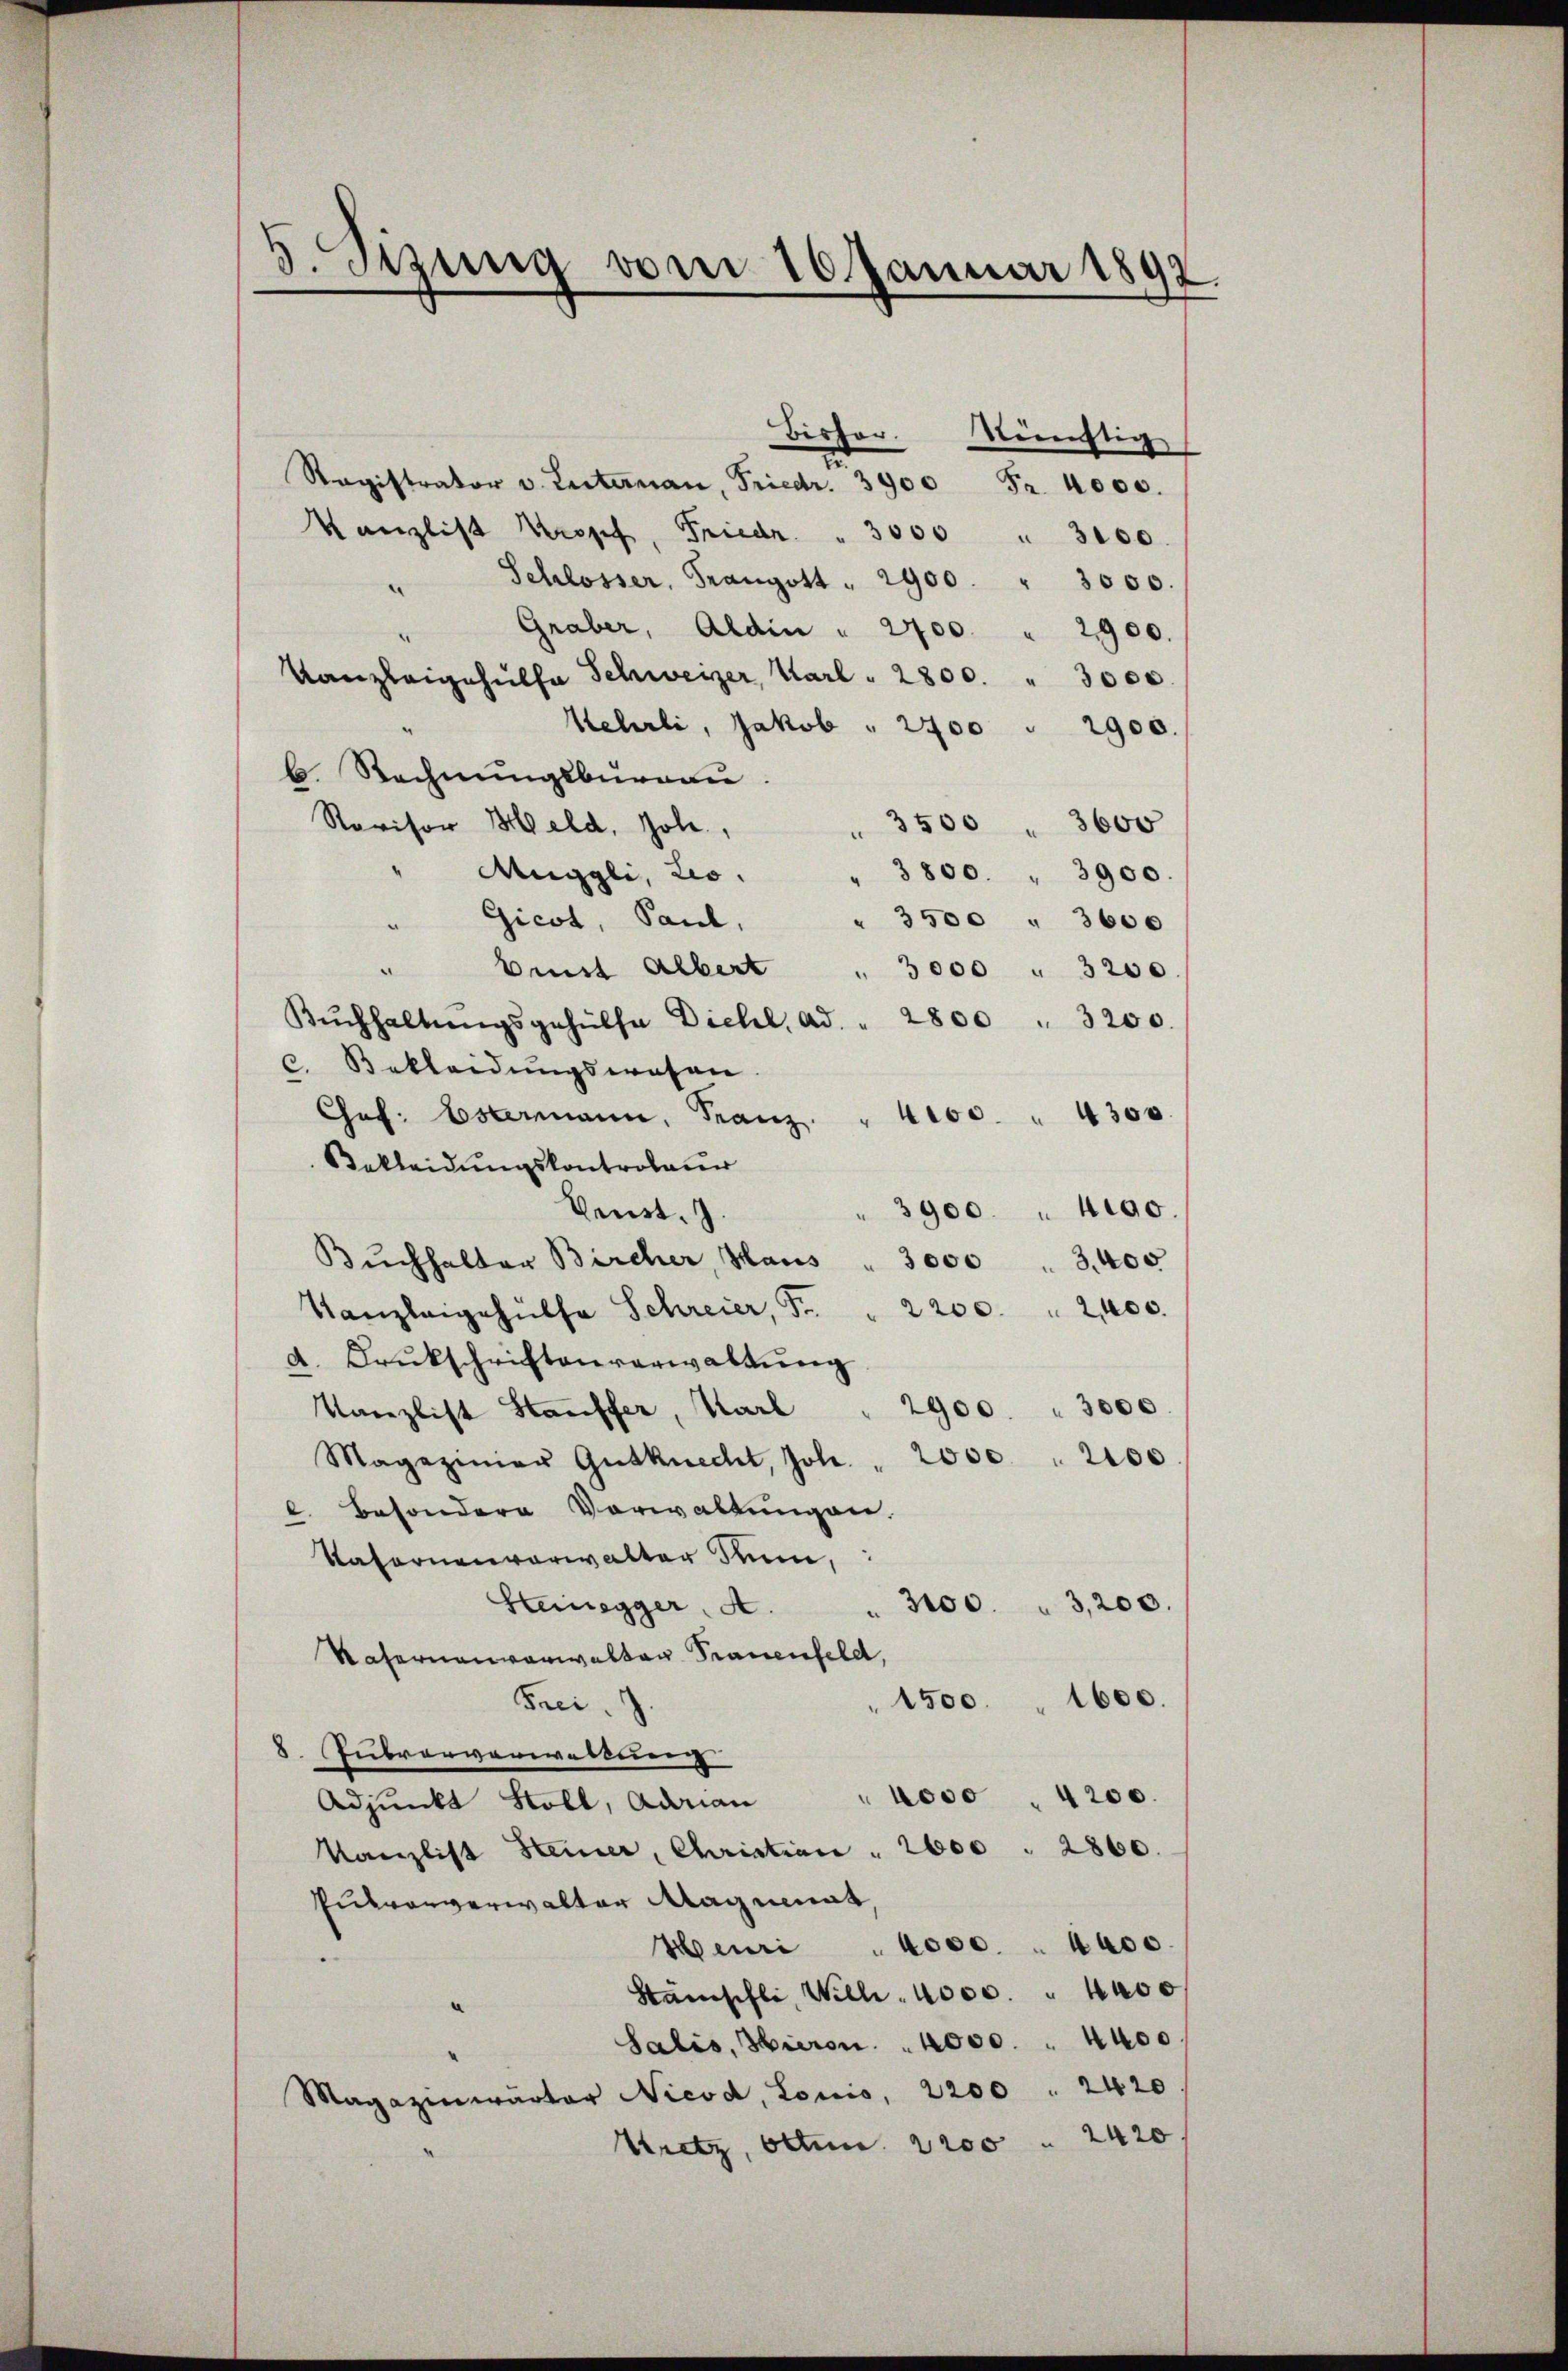
J.Stzung vom 10. Januar 1892.

Ragistrator v. Liternau, Friedr. 3900 Fr. 4000.
Kanzlist Kropf, Friedr. . 3000 " 3000.
" Schlosser, Fangott " 2900. " 3000.
Graber, Aldin " 2700 " 2900.
.
Kanzleigehülfe Schweizer, Karl . 2800. " 3000.
Kehrli, Jakob " 2700 " 2900.
b. Rechnungsbureau.
Revisor Held, Joh.
 3500 " 3600
Muggli, Leo. " 3800. " 3900.
"Gicot, Paul,
" 3500 " 3600
bist Albert " 3000 " 3200
Bŭchhaltŭngsgehülfe Dichl, ad. " 2800 " 3200.
c. Bekleidungswesen
Chef. Estermann, Franz. " 4100. " 4300.
Bekleidungskontrolaur
Fenst.
3900. 4100.
Buchhalter Bircher, Haus
3000 " 3400
Kanzleigehülfe Schreier, Fr. " 2200. " 2400.
d. Druckschriftenverwaltung
2900. " 3000.
Kanzlist Stauffer, Karl
Magazinier Gutknecht, Joh. " 2000 " 2100
l. besondere Vorwaltungen.
Kafornenverwalter Rum,
Hteinegger, A.
3100. " 3,200.
Rafernenverwalten Trauenfeld
1600.
Frei
1500.
8. Jubvorverwaltung
4000. 4200.
Adjunkt Stoll, Adrian
Kanzlist Steiner, Christian " 2000 " 2860.
Pukarverwalter Maginat
Henri " 4000 " 4000.
Stämschli, Wilh. 4000. " 4400
Salis, Hieron 4000 " 4400
Magazinwärter Nicod, Louis, 2200 " 2420
Sretz, Otten. 2200 " 2420

Bisher. Künstig